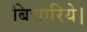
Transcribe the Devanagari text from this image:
बिचारिये।